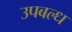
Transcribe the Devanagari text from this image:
उपबल्ध